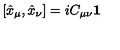
[ \hat { x } _ { \mu } , \hat { x } _ { \nu } ] = i C _ { \mu \nu } { \bf 1 }